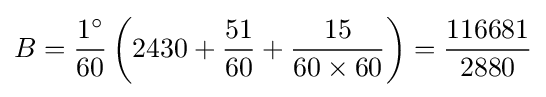
B={\frac {1^{\circ }}{60}}\left(2430+{\frac {51}{60}}+{\frac {15}{60\times 60}}\right)={\frac {116681}{2880}}